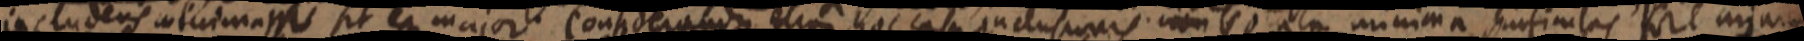
includens _ masse sit ea major considerandum etiam hoc casu inclusionis _ minima sufimlas fore _